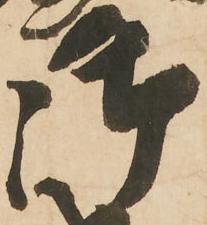
御